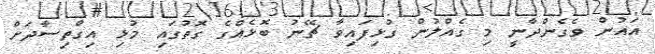
އައުން ވެގެންދާނީ މި ގެއްލުން ގުޅިފައިވާ ޗޭނު ބޮޅެއްގެ ގޮތުގައި މުޅި އިގްތިސާދަށް